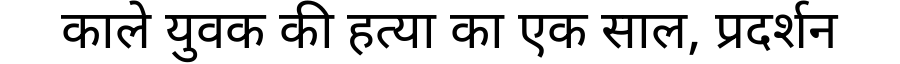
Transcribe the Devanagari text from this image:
काले युवक की हत्या का एक साल, प्रदर्शन